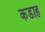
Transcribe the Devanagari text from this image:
कडाह